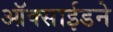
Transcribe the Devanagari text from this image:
ऑक्साईडने